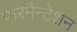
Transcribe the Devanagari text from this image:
फरमैन्टेशन